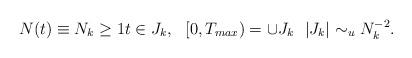
LaTeX: \begin{align*}N(t)\equiv N_k\geq 1t\in J_k,\ \ [0,T_{max})=\cup J_k\ \ \vert J_k\vert\sim_u N_k^{-2}. \end{align*}